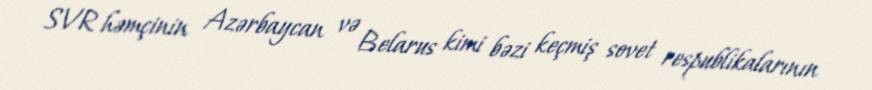
SVR həmçinin Azərbaycan və Belarus kimi bəzi keçmiş sovet respublikalarının